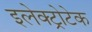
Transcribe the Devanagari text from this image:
इलेक्ट्रोटेक